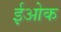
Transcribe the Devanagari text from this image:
ईओक